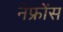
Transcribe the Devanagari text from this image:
नेफ्रोंस